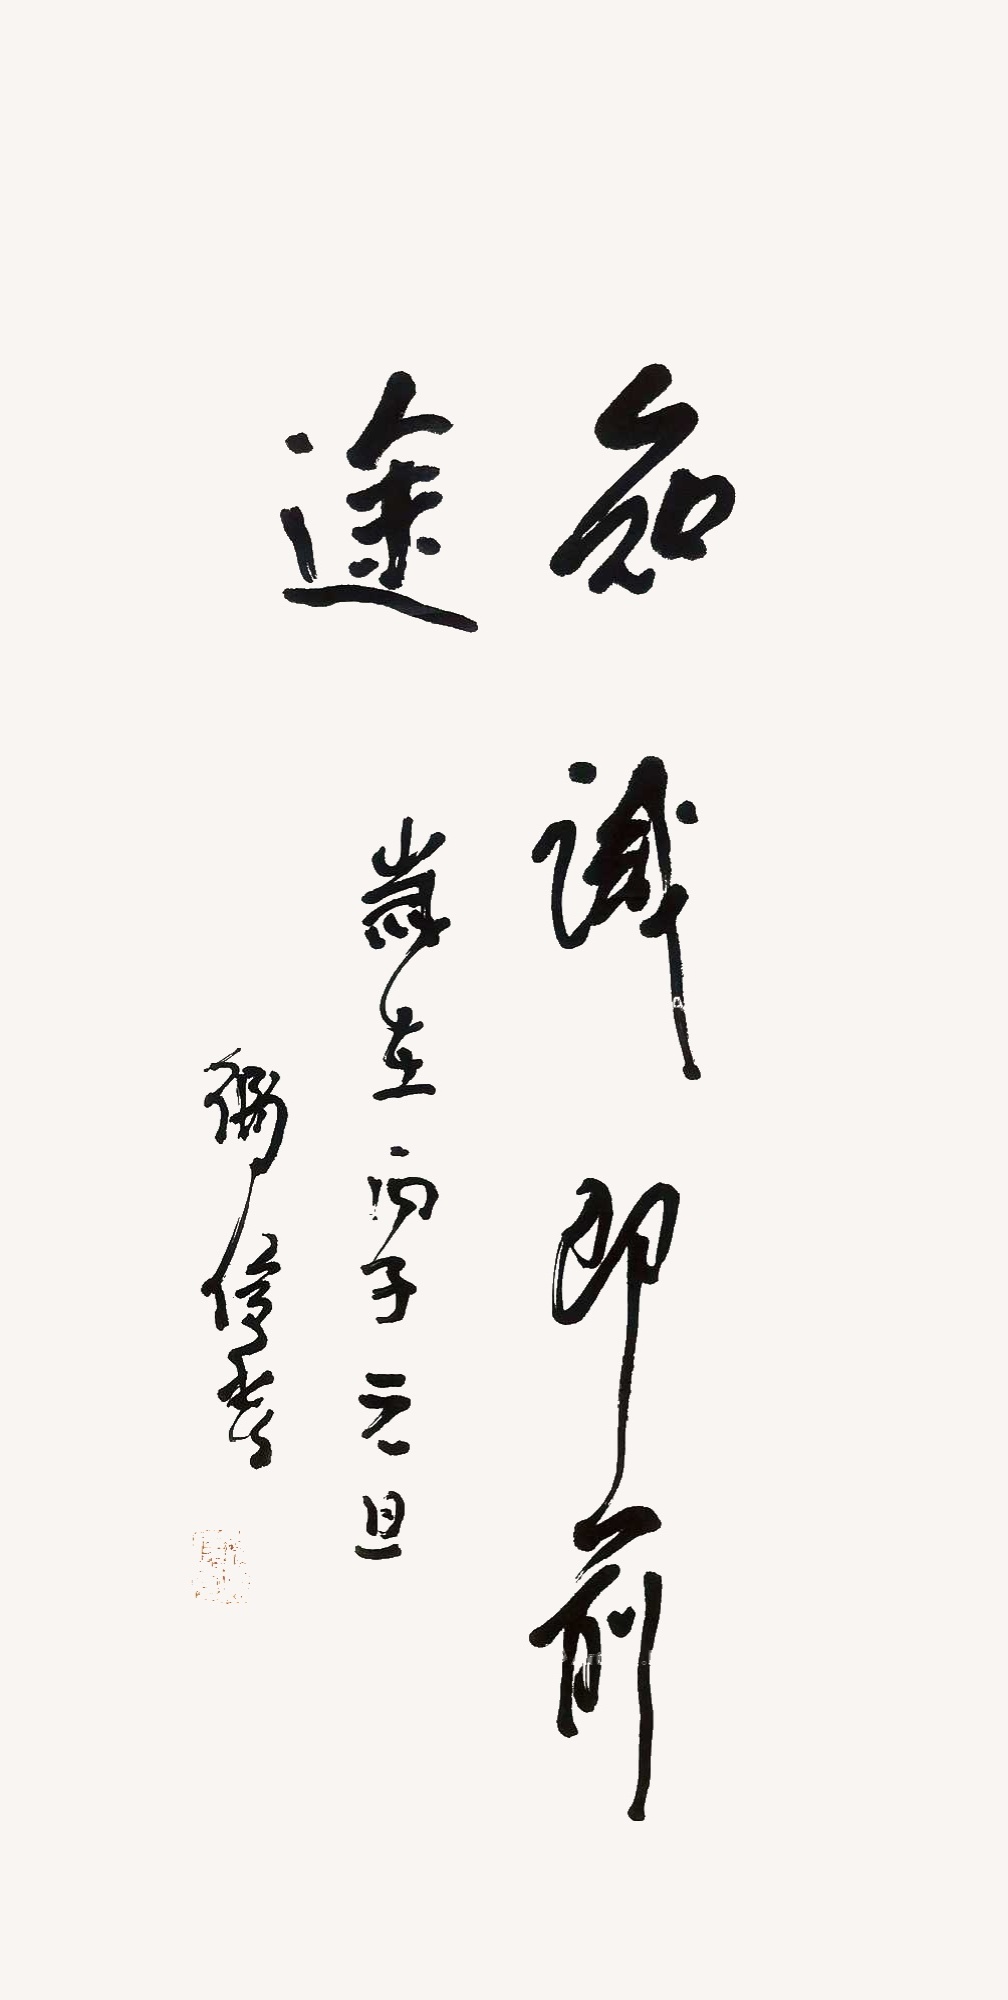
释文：知识即前途。岁在丙子元旦，卫俊秀。